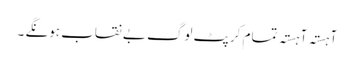
آہستہ آہستہ تمام کرپٹ لوگ بے نقاب ہونگے ۔